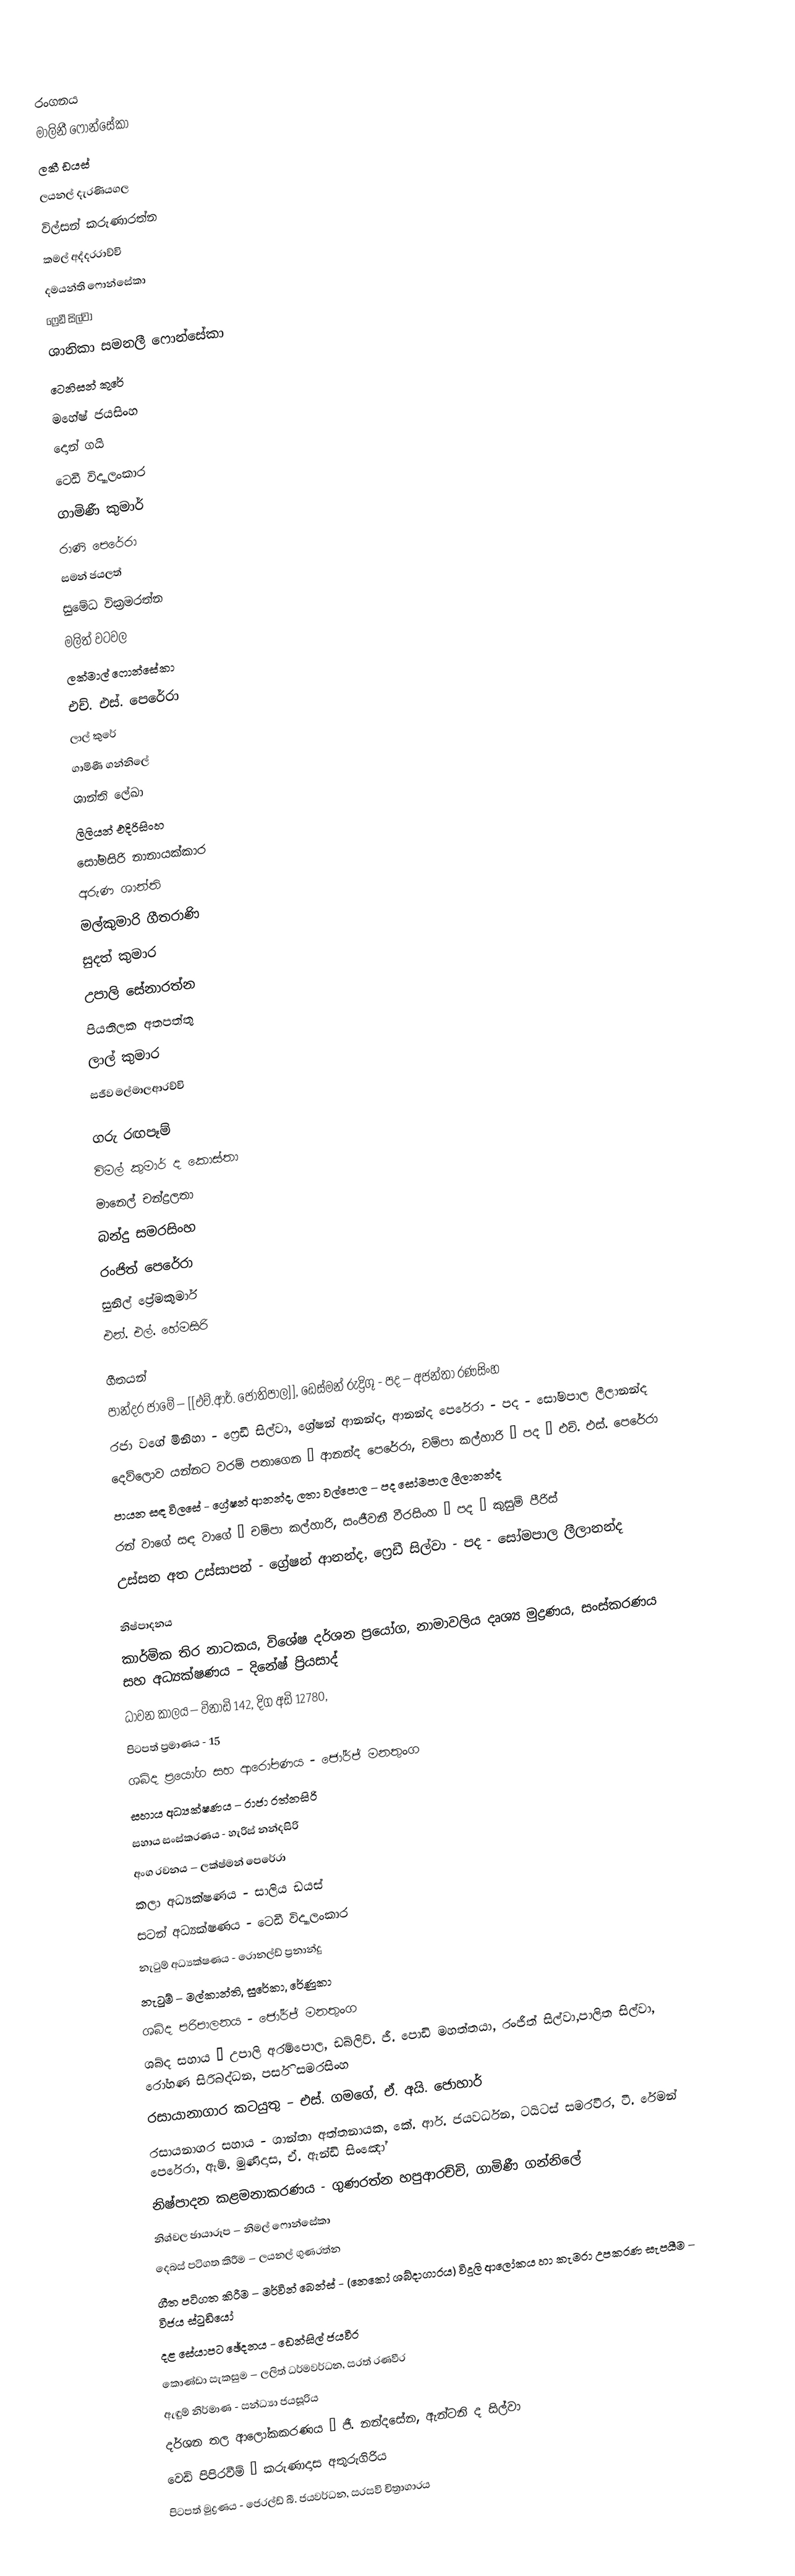

රංගනය
මාලිනී ෆොන්සේකා
ලකී ඩයස්
ලයනල් දැරණියගල
විල්සන් කරුණාරත්න
කමල් අද්දරරාච්චි
දමයන්ති ෆොන්සේකා
ෆ්‍රෙඩී සිල්වා
ශානිකා සමනලී ෆොන්සේකා
ටෙනිසන් කුරේ
මහේෂ් ජයසිංහ
දොන් ගයි
ටෙඩී විද්‍යාලංකාර
ගාමිණී කුමාර්
රාණි පෙරේරා
සමන් ජයලත්
සුමේධ වික්‍රමරත්න
මලිත් වටවල
ලක්මාල් ෆොන්සේකා
එච්. එස්. පෙරේරා
ලාල් කුරේ
ගාමිණී ගන්නිලේ
ශාන්ති ලේඛා
ලිලියන් එදිරිසිංහ
සෝමසිරි නානායක්කාර
අරුණ ශාන්ති
මල්කුමාරි ගීතරාණි
සුදත් කුමාර
උපාලි සේනාරත්න
පියතිලක අතපත්තු
ලාල් කුමාර
සජීව මල්මාලආරච්චි

ගරු රඟපෑම්
විමල් කුමාර් ද කොස්තා
මානෙල් චන්ද්‍රලතා
බන්දු සමරසිංහ
රංජිත් පෙරේරා
සුනිල් ප්‍රේමකුමාර්
එන්. එල්. හේමසිරි

ගීතයන්
පාන්දර ජාමේ – [[එච්.ආර්. ජෝතිපාල]], ඩෙස්මන් රුද්‍රිගූ - පද – අජන්තා රණසිංහ
රජා වගේ මිනිහා - ෆ්‍රෙඩී සිල්වා, ග්‍රේෂන් ආනන්ද, ආනන්ද පෙරේරා - පද - සෝමපාල ලීලානන්ද
දෙව්ලොව යන්නට වරම් පතාගෙන – ආනන්ද පෙරේරා, චම්පා කල්හාරි – පද – එච්. එස්. පෙරේරා
පායන සඳ විලසේ - ග්‍රේෂන් ආනන්ද, ලතා වල්පොල – පද සෝමපාල ලීලානන්ද
රන් වාගේ සඳ වාගේ – චම්පා කල්හාරි, සංජීවනී වීරසිංහ – පද – කුසුම් පීරිස්
උස්සන අත උස්සාපන් - ග්‍රේෂන් ආනන්ද, ෆ්‍රෙඩී සිල්වා - පද - සෝමපාල ලීලානන්ද

නිෂ්පාදනය
කාර්මික තිර නාටකය, විශේෂ දර්ශන ප්‍රයෝග, නාමාවලිය දෘශ්‍ය මුද්‍රණය, සංස්කරණය සහ අධ්‍යක්ෂණය – දිනේෂ් ප්‍රියසාද්
ධාවන කාලය – විනාඩි 142, දිග අඩි 12780,
පිටපත් ප්‍රමාණය - 15
ශබ්ද ප්‍රයෝග සහ ආරෝපණය - ජෝර්ජ් මනතුංග
සහාය අධ්‍යක්ෂණය – රාජා රත්නසිරි
සහාය සංස්කරණය - හැරිස් නන්දසිරි
අංග රචනය – ලක්ෂ්මන් පෙරේරා
කලා අධ්‍යක්ෂණය - සාලිය ඩයස්
සටන් අධ්‍යක්ෂණය - ටෙඩී විද්‍යාලංකාර
නැටුම් අධ්‍යක්ෂණය - රොනල්ඩ් ප්‍රනාන්දු
නැටුම් – මල්කාන්ති, සුරේකා, රේණුකා
ශබ්ද පරිපාලනය - ජෝර්ජ් මනතුංග
ශබ්ද සහාය – උපාලි අරම්පොල, ඩබ්ලිව්. ජී. පොඩි මහත්තයා, රංජිත් සිල්වා,පාලිත සිල්වා, රෝහණ සිරිබද්ධන, පර්සි සමරසිංහ
රසායානාගාර කටයුතු – එස්. ගමගේ, ඒ. අයි. ජොහාර්
රසායනාගර සහාය - ශාන්තා අත්තනායක, කේ. ආර්. ජයවර්ධන, ටයිටස් සමරවීර, ටී. රේමන් පෙරේරා, ඇම්. මුණිදාස, ඒ. ඇන්ඩි සිංඤෝ
නිෂ්පාදන කළමනාකරණය - ගුණරත්න හපුආරච්චි, ගාමිණී ගන්නිලේ
නිශ්චල ඡායාරූප – නිමල් ෆොන්සේකා
දෙබස් පටිගත කිරීම – ලයනල් ගුණරත්න
ගීත පටිගත කිරීම – මර්වින් බෙන්ස් - (නෙකෝ ශබ්දාගාරය) විදුලි ආලෝකය හා කැමරා උපකරණ සැපයීම – විජය ස්ටුඩියෝ
දළ සේයාපට ඡේදනය - ඩෙන්සිල් ජයවීර
කොණ්ඩා සැකසුම – ලලිත් ධර්මවර්ධන, සරත් රණවීර
ඇඳුම් නිර්මාණ - සන්ධ්‍යා ජයසූරිය
දර්ශන තල ආලෝකකරණය – ජී. නන්දසේන, ඇන්ටනි ද සිල්වා
වෙඩි පිපිරවීම් – කරුණාදාස අතුරුගිරිය
පිටපත් මුද්‍රණය - ජෙරල්ඩ් බී. ජයවර්ධන, සරසවි චිත්‍රාගාරය